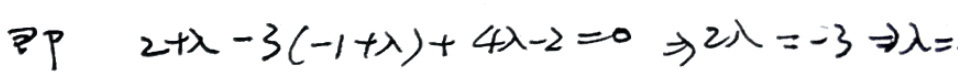
即\(2 + \lambda - 3(-1 + \lambda) + 4\lambda - 2 = 0\Rightarrow 2\lambda = -3\Rightarrow \lambda = -\frac{3}{2}\)